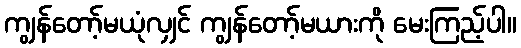
ကျွန်တော့်မယုံလျှင် ကျွန်တော့်မယားကို မေးကြည့်ပါ။